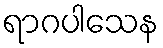
ရာဂပါသေန